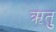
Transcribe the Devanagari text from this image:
ऋतुु